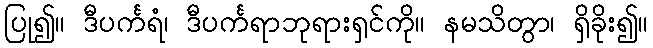
ပြု၍။ ဒီပင်္ကရံ၊ ဒီပင်္ကရာဘုရားရှင်ကို။ နမသိတွာ၊ ရှိခိုး၍။